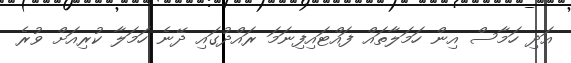
އަދި ހަމާސް އިން ހަމަލާތައް ފައްޓައިފިނަމަ ރައްދުގައި ދޭނެ ހަމަލާ ކުރިއަށް ވުރެ